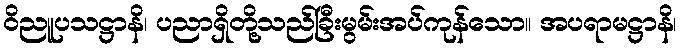
ဝိညူပသဋ္ဌာနိ၊ ပညာရှိတို့သည်ခြီးမွမ်းအပ်ကုန်သော။ အပရာမဋ္ဌာနိ၊